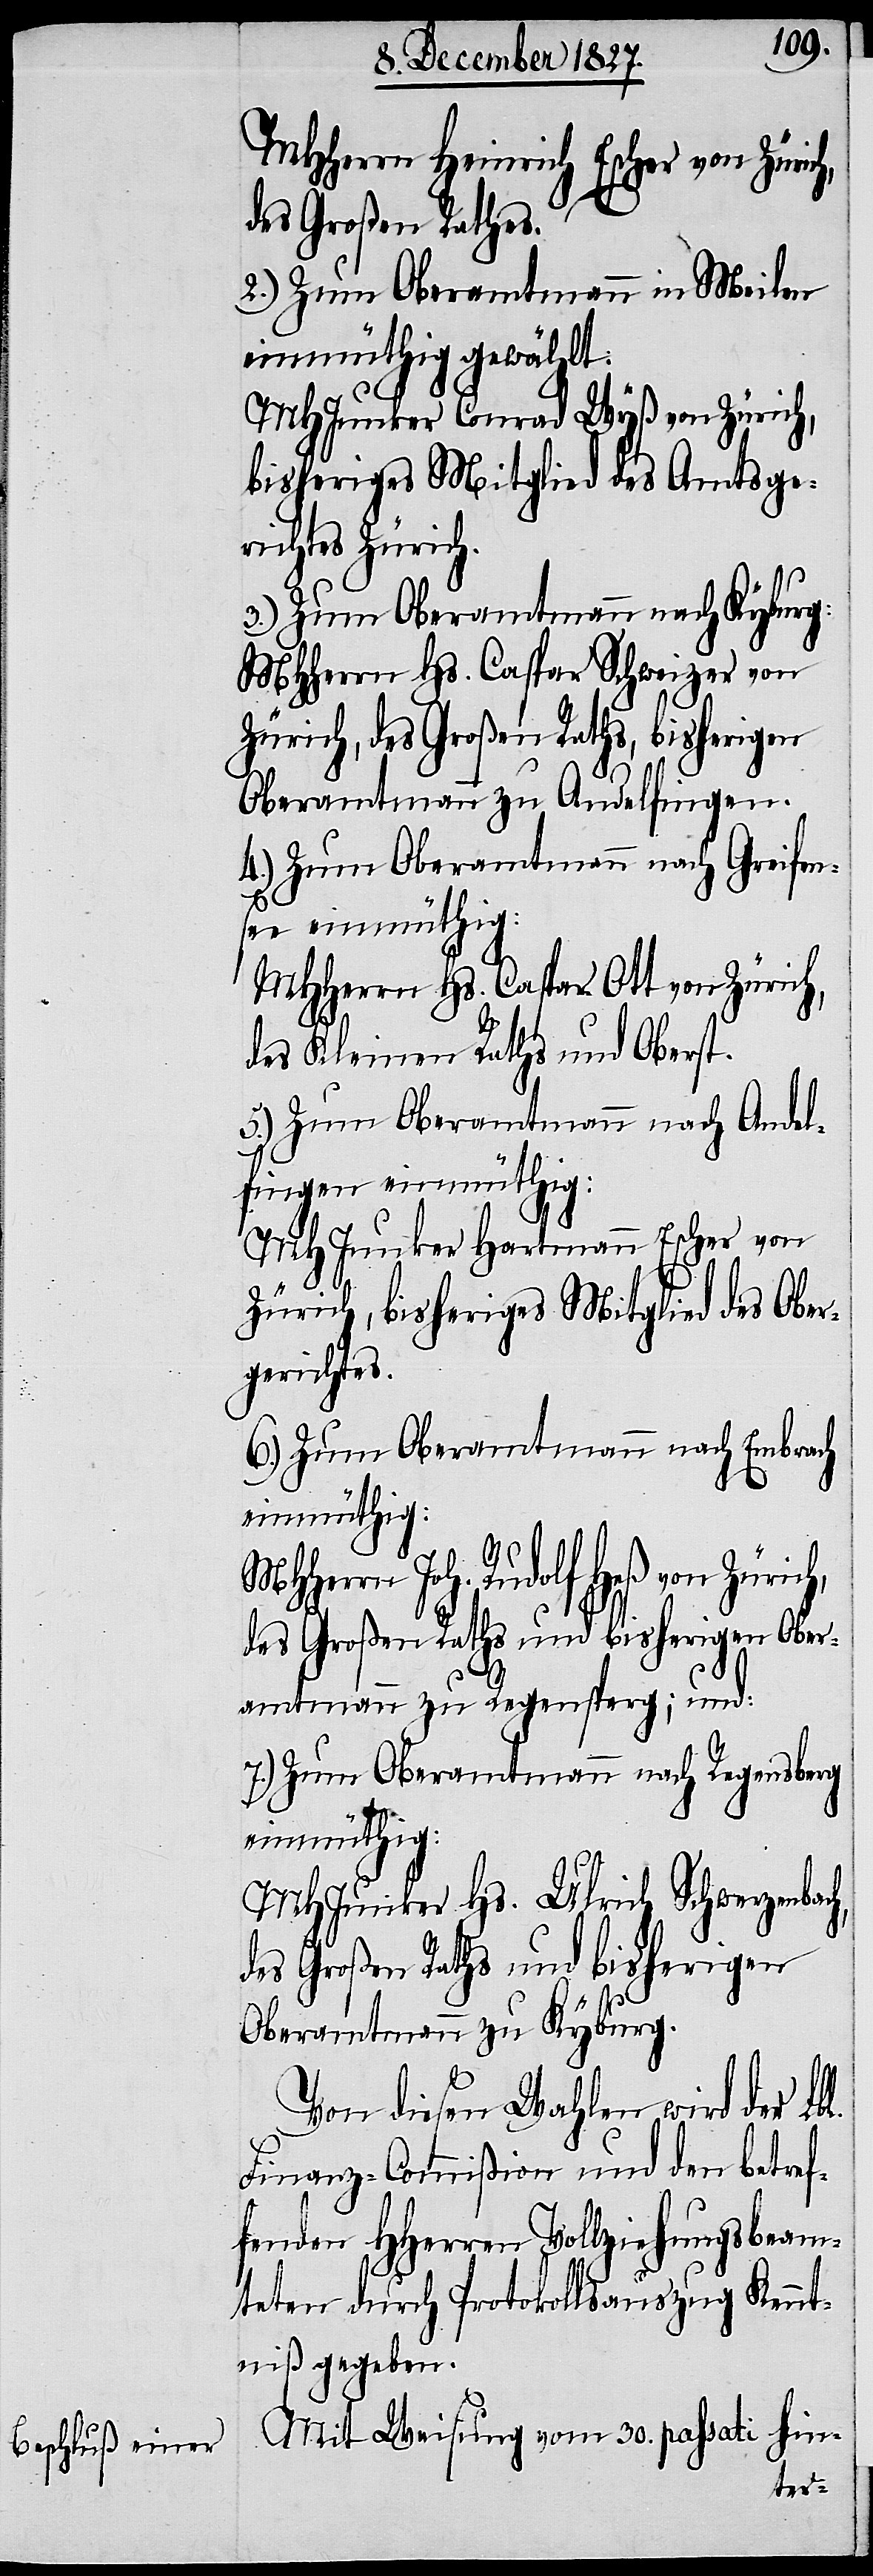
MHHerr Heinrich Escher von Zürich,
des Großen Raths.
2.) Zum Oberamtmann in Meilen
einmüthig gewählt:
MHJunker Conrad Wyß von Zürich,
bisheriges Mitglied des Amtsge¬
richtes Zürich.
3.) Zum Oberamtmann nach Kyburg:
MHHerr Hs. Caspar Schweizer von
Zürich, des Großen Raths, bisherigen
Oberamtmann zu Andelfingen.
4.) Zum Oberamtmann nach Greifens¬
ee einmüthig:
MHHerrn Hs. Caspar Ott von Zürich,
des Kleinen Raths und Oberst.
5.) Zum Oberamtmann nach Andel¬
fingen einmüthig:
MHJunker Hartmann Escher von
Zürich, bisheriges Mitglied des Ober¬
gerichtes.
6.) Zum Oberamtmann nach Embrach
Joh. Rudolf Heß von Zürich,
des Großen Raths und bisherigen Ober¬
amtmann zu Regensperg; und:
7.) Zum Oberamtmann nach Regensberg
einmüthig:
MHJunker Hs. Ulrich Schwerzenbach,
des Großen Raths und bisherigen
Oberamtmann zu Kyburg.
Von diesen Wahlen wird der Lbl.
Finanz-Commißion und den betref¬
fenden HHerren Vollziehungsbeam¬
ten durch Protokollsauszug Kennt¬
niß gegeben.
Mit Weisung vom 30. passati hin-